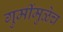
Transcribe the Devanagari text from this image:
गुर्मीमुळेच